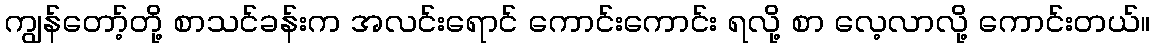
ကျွန်တော့်တို့ စာသင်ခန်းက အလင်းရောင် ကောင်းကောင်း ရလို့ စာ လေ့လာလို့ ကောင်းတယ်။